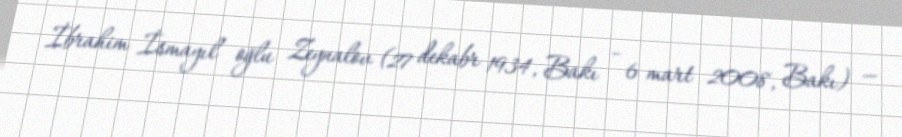
İbrahim İsmayıl oğlu Zeynalov (27 dekabr 1934, Bakı – 6 mart 2008, Bakı) —